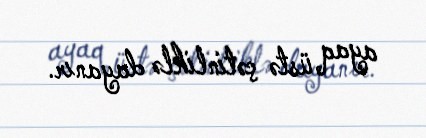
ayaq üstə çətinliklə dayanır.